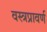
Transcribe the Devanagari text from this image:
वस्त्रप्रावर्ण